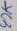
Text: 47K